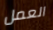
العمل